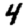
Digit: 4